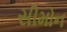
સીમોન